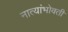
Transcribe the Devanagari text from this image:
नात्यांभोवती